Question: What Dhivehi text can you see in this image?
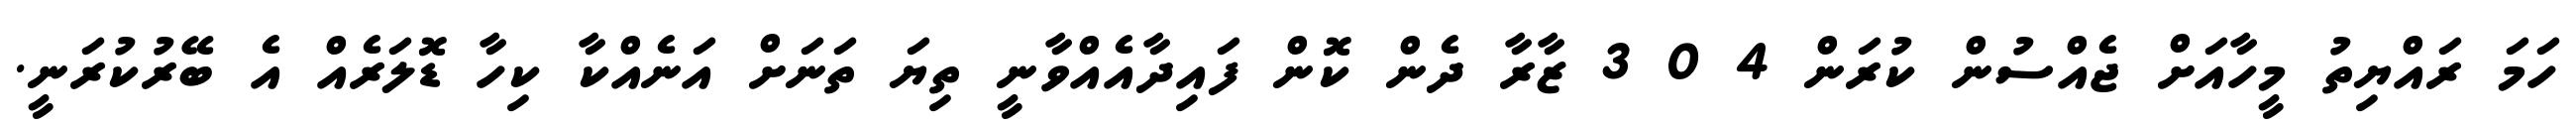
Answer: ހަމަ ރައްޔިތު މީހާއަށް ޖެއްސުން ކުރަން 4 0 3 ޒާރާ ދެން ކޮން ފައިދާއެއްވާނީ ތިޔަ ތަނަށް އަނެއްކާ ކިހާ ޑޮލަރެއް އެ ބޭރުކުރަނީ.